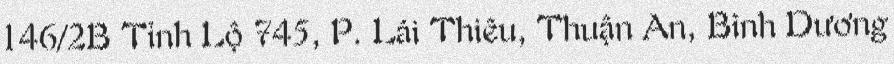
146/2B Tỉnh Lộ 745, P. Lái Thiêu, Thuận An, Bình Dương